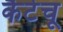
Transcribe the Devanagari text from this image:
कैटेचू